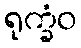
ရုက္ခံဝ